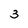
Character: 3